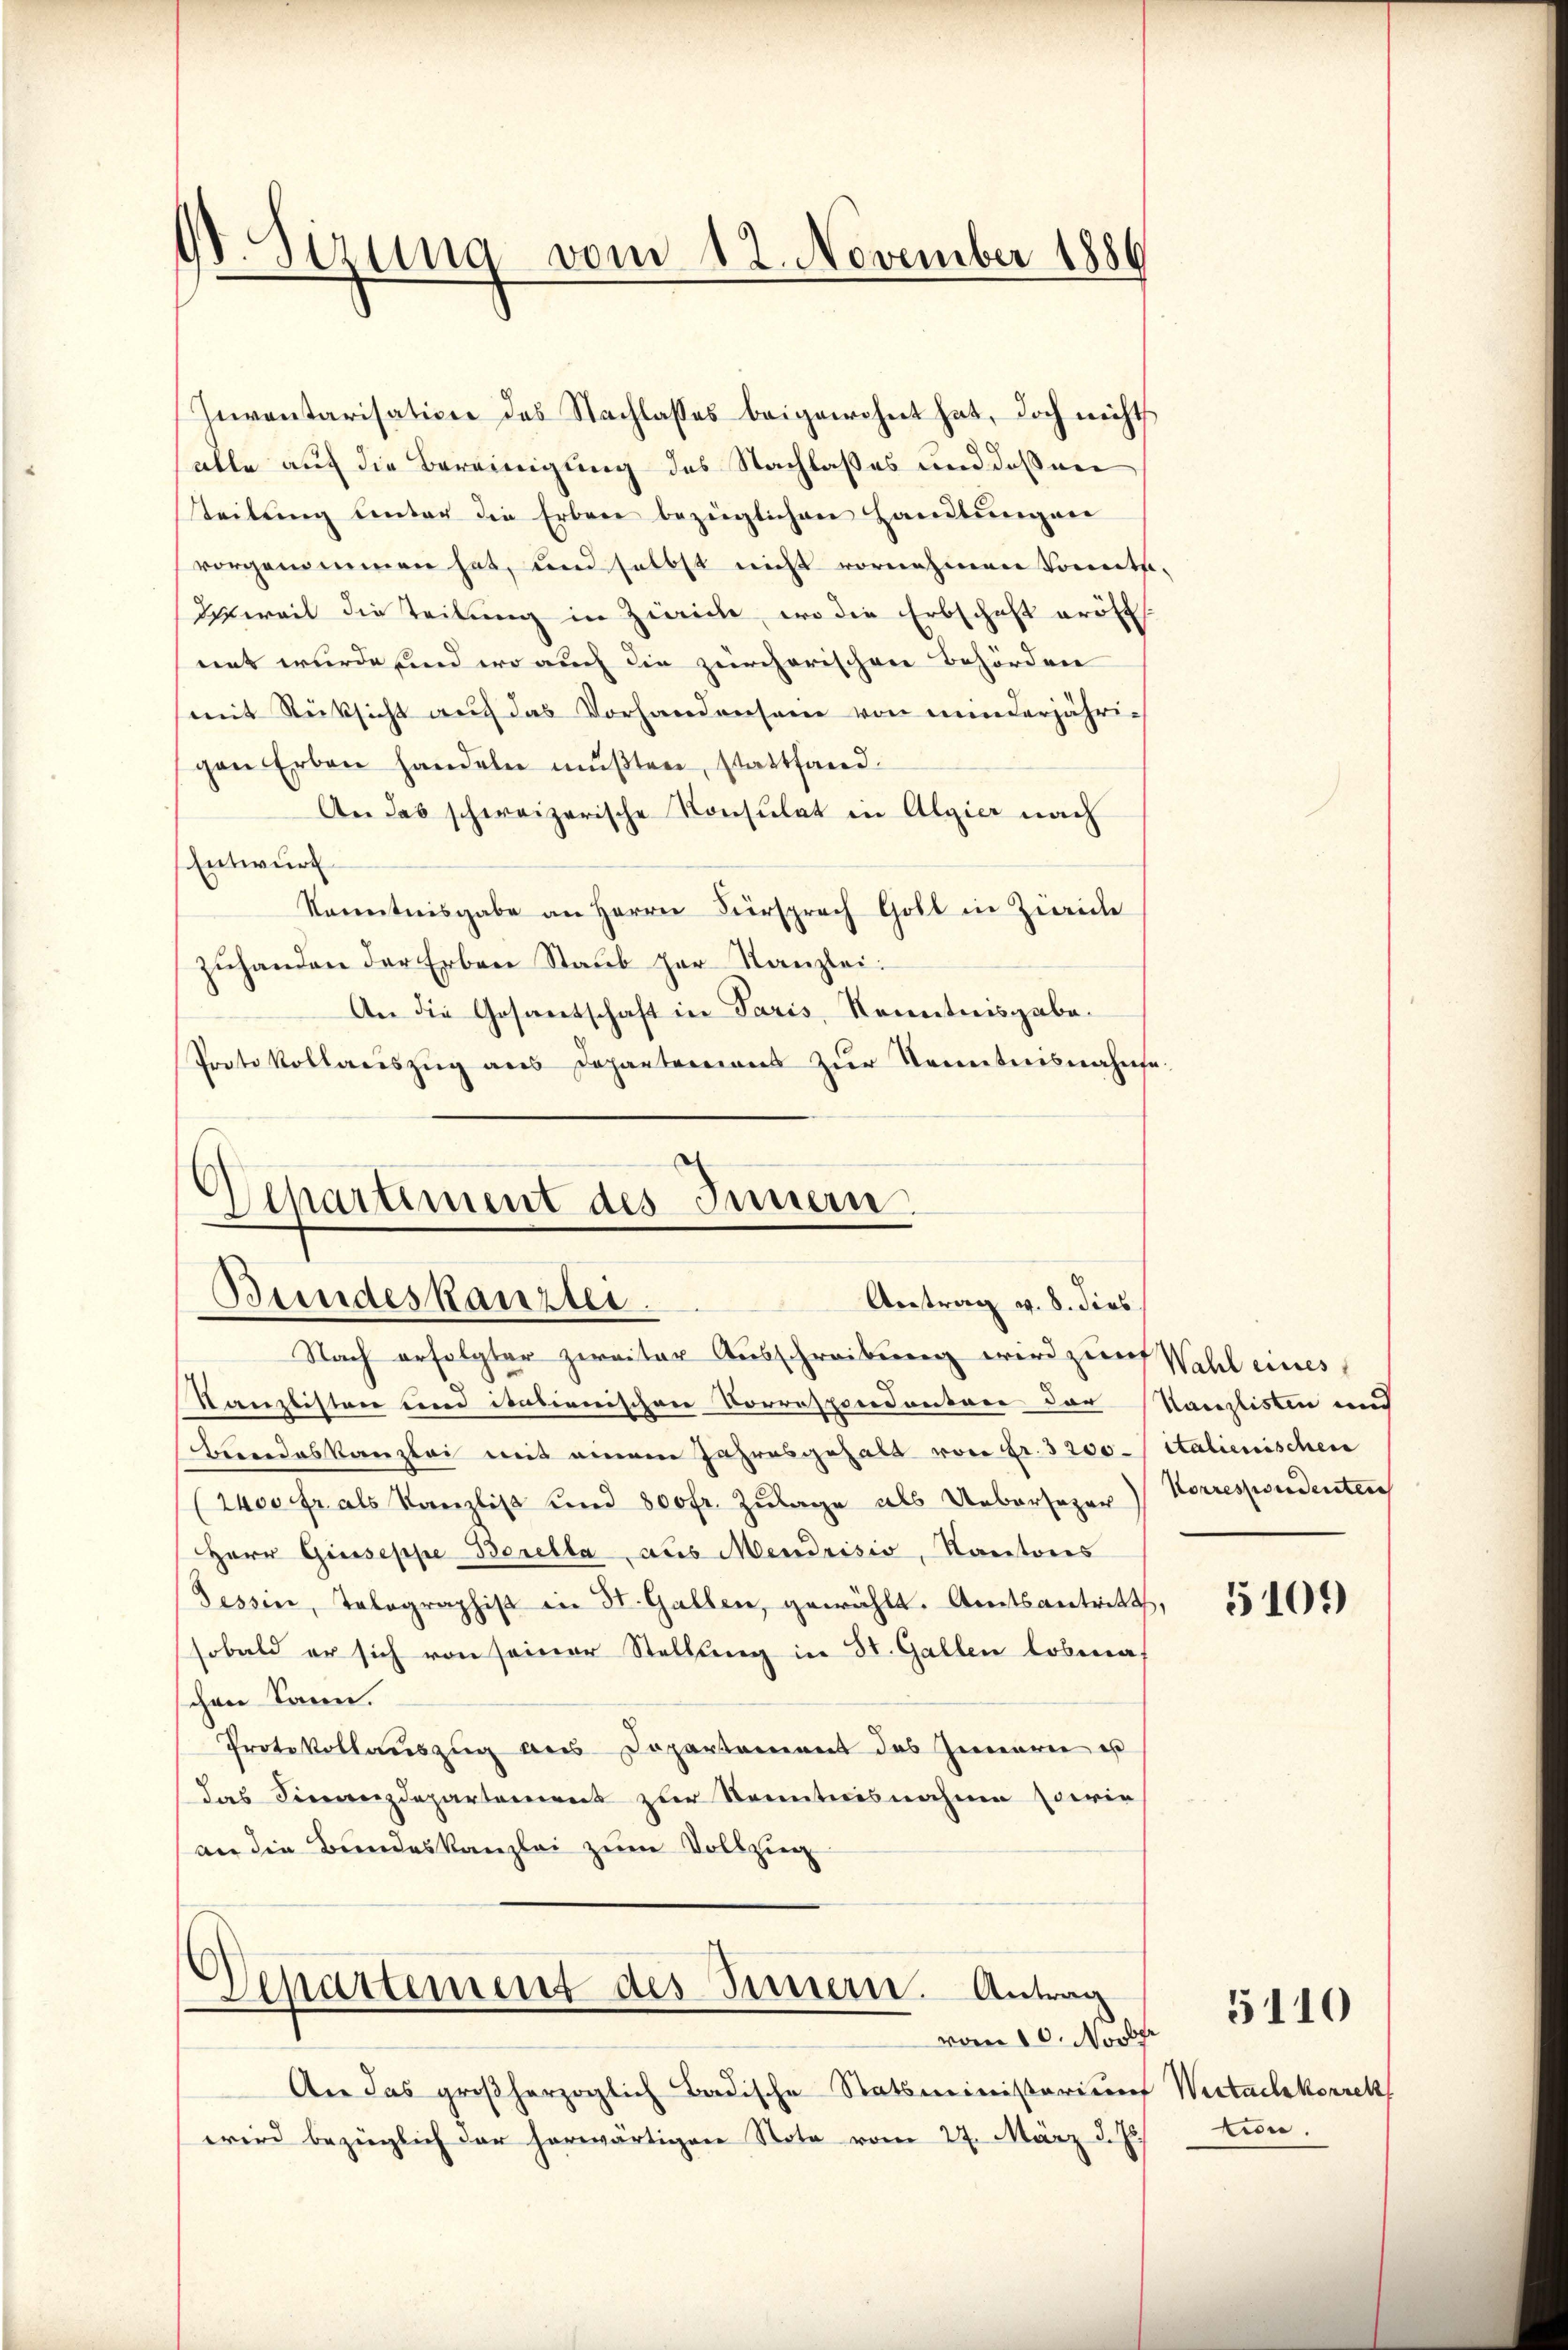
dt. Sizung vom 12. November 1886

Inventarisation des Nachlasses beigewohnt hat, doch nicht
alle auf die Bereinigung des Nachlaßes und deßen
steilŭng ŭnter die Erben bezüglichen Handlŭngen
vorgenommen hat, und selbst nicht vornehmen konnte.
Ietweil die Teilung in Zwicke, wo die Erbschaft eröff
mnt wurde sind wo auch die zürcherischen Behörden
mit Rücksicht auf das Vorhandenseine von minderjährigen Erben handeln mußten, stattfand-
An das schweizerische Konsulat in Algier nach
Entwurf
kanntnisgabe an Herrn Fürsprach Goll in Zürich
zuhanden der Erben Staub her Kanzlei:
An die Gosantschaft in Paris, Kenntnisgabe.
Protokollaŭszŭg ans Departentions zŭr Kenntnisnahme.

Departement des Innern
Bundeskanzlei
Antrag v. 8. dies

Nach erfolgter zweiter Ausschreibung wird zur Wahl eines
Kanzlisten und italienischen Correspondanten der Kanzlisten und
bendeskanzlei mit einem Jahresgehalt von Fr. 3200-/ talienischen
(2400 fr. als Kanzlist und 800fr. Zulage als Uebersezer) Korrespondenten
Herr Giuseppe Borella aus Mendrisio, Kantons
Tessin, Tolographist in St. Gallen, gewählt. Amtsantritt,
sobald er sich von seiner Stellung in St. Gallen lobena
chen kann.
Protokollauszug aus Departement des Innern es
das Finanzdepartemens zur Kenntnisnahme sowie
an die Bundeskanzlei zum Vollzug

Departement des Innern. Antrag
vom 10. Novber

An das großherzoglich Badische Statsministerium Wertachkorrek
wird bezüglich der herwärtigen Note vom 27. März d. Js.

5109

tion.

5110